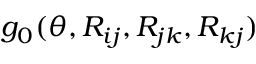
g _ { 0 } ( \theta , R _ { i j } , R _ { j k } , R _ { k j } )